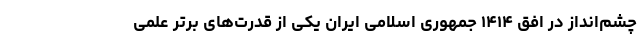
چشم‌انداز در افق ۱۴۱۴ جمهوری اسلامی ایران یکی از قدرت‌های برتر علمی